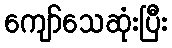
ကျော်သေဆုံးပြီး